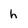
Character: h